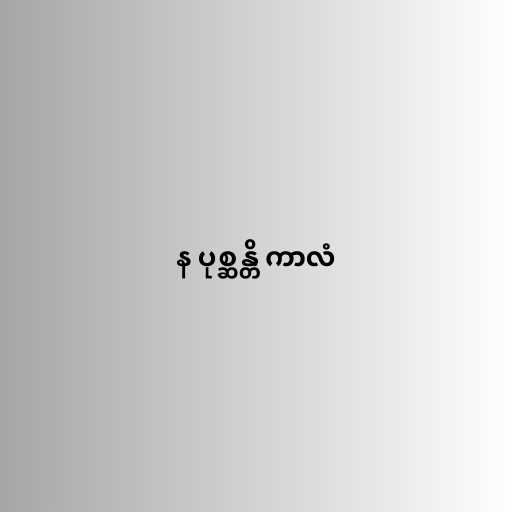
န ပုစ္ဆန္တိ ကာလံ